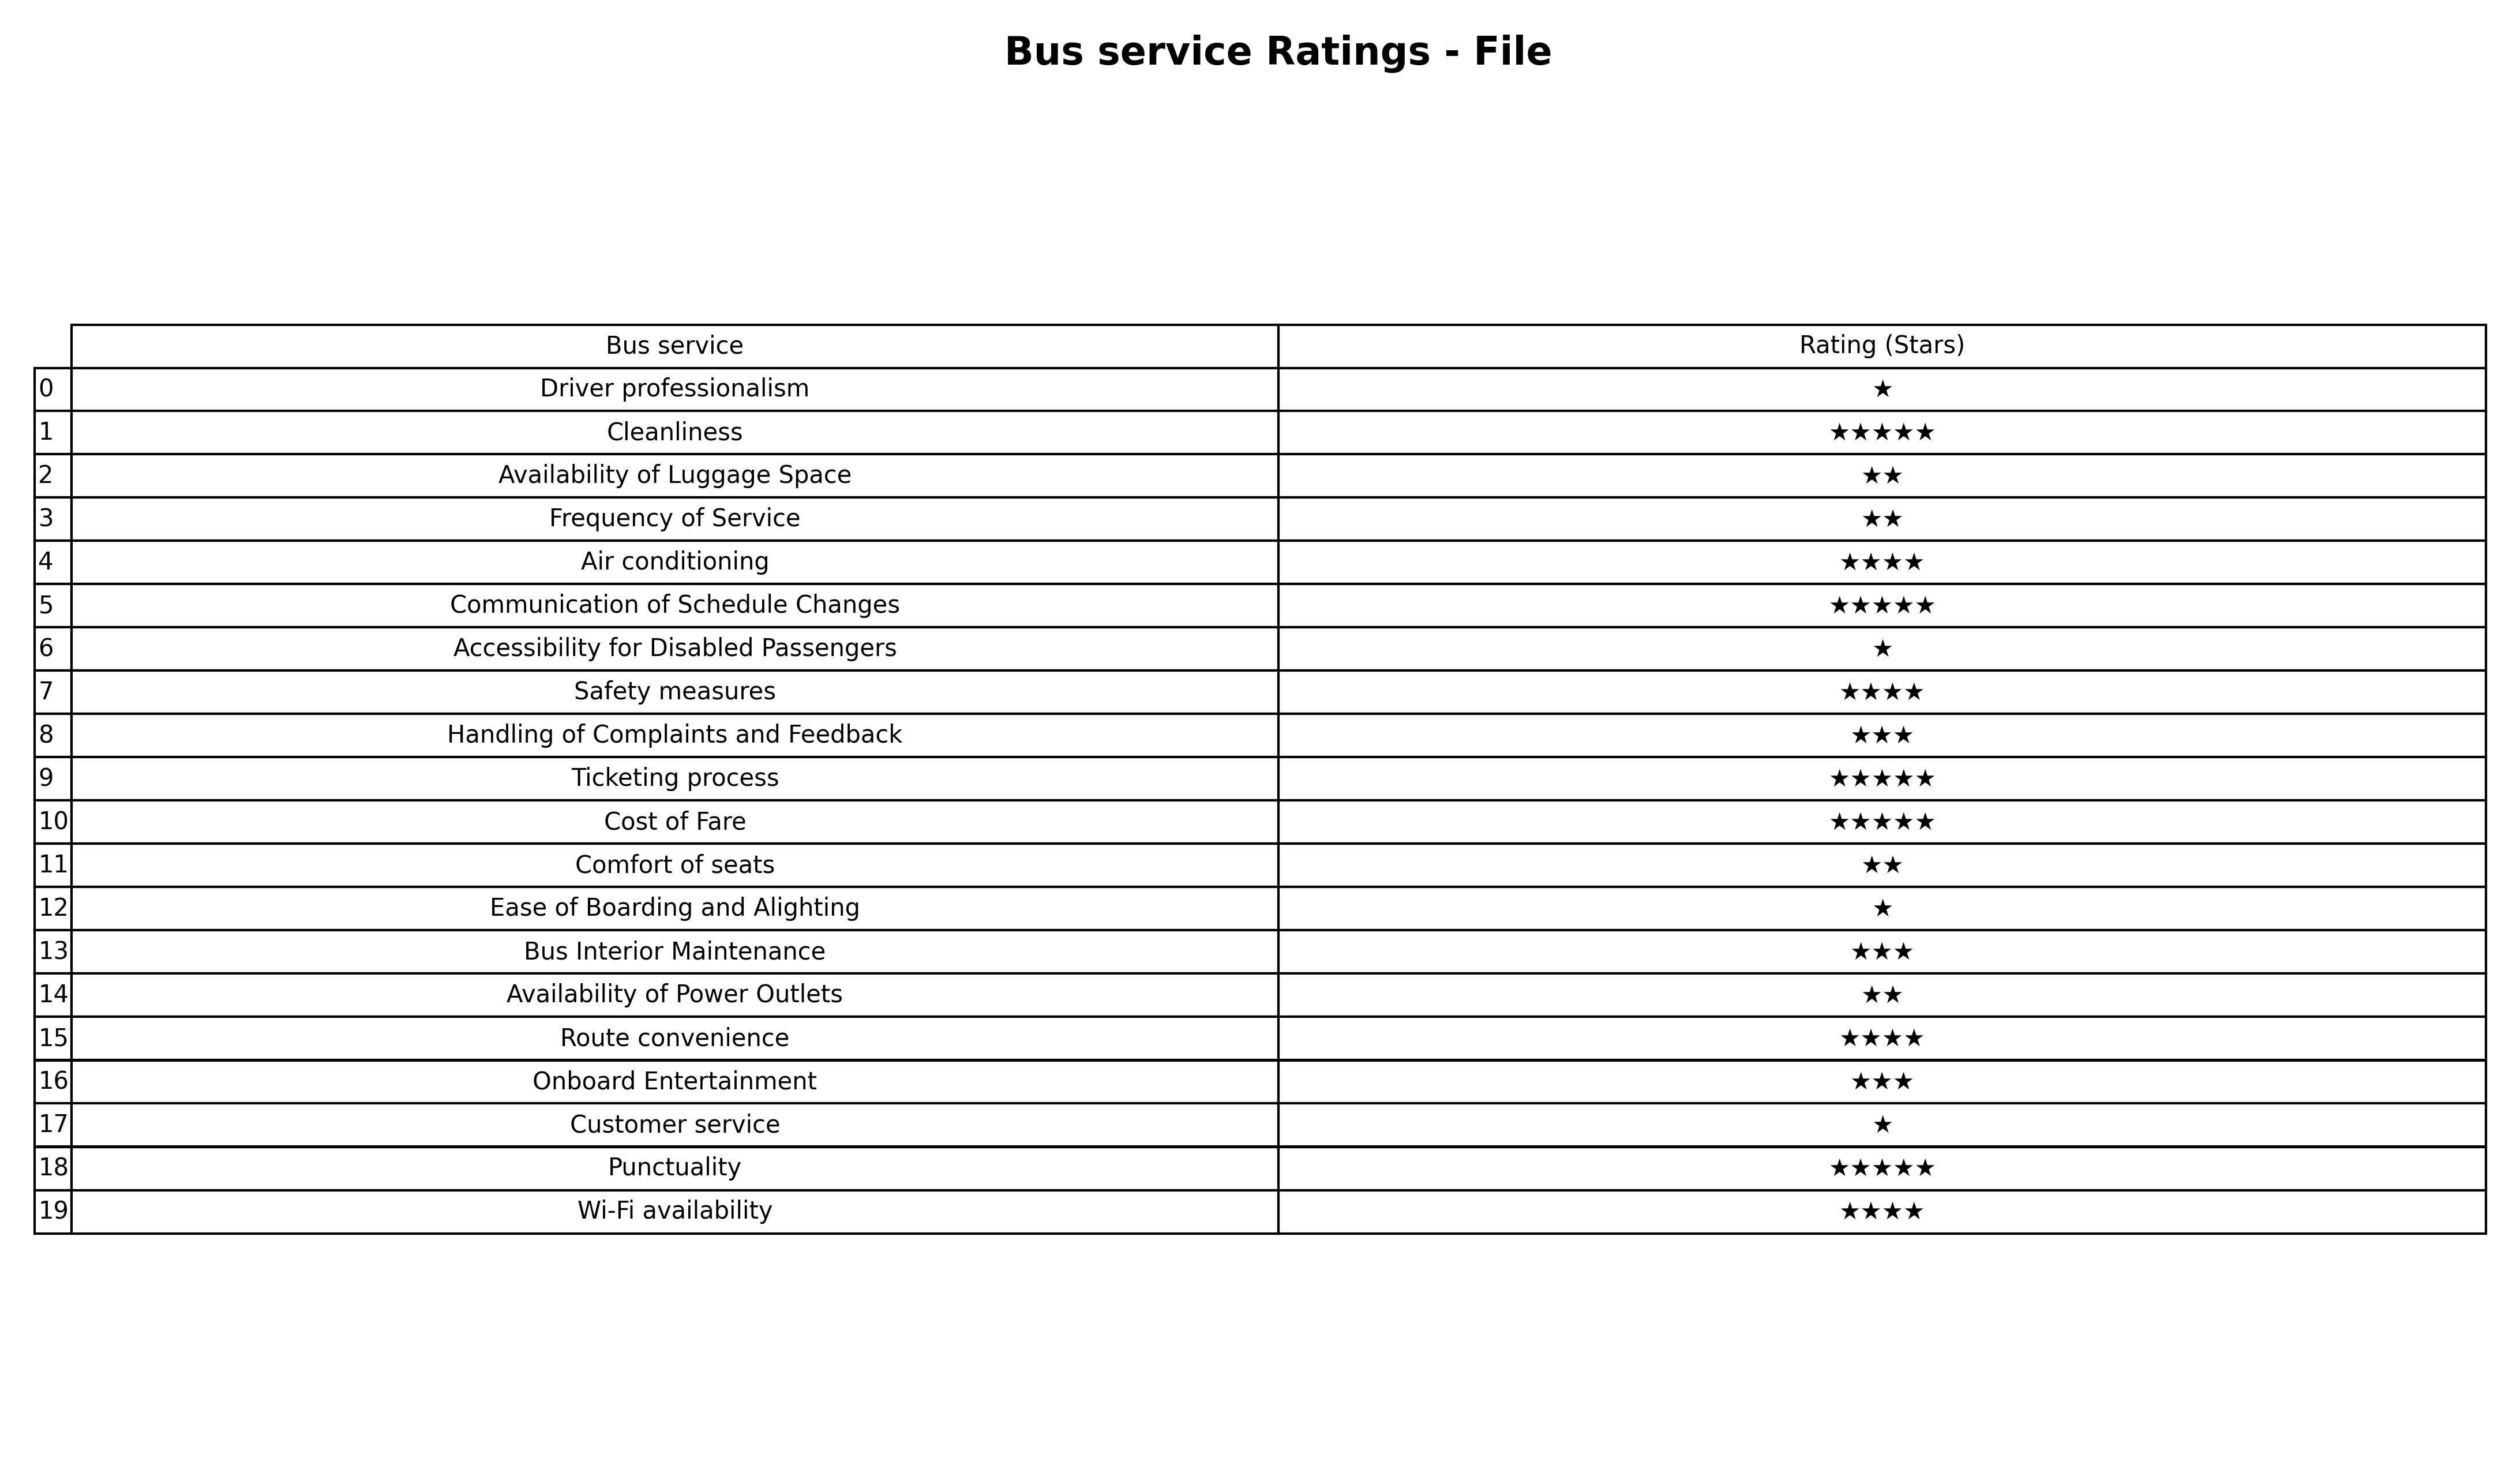
question: What are three star services?
answer: Handling of Complaints and FeedbackBus Interior MaintenanceOnboard Entertainment